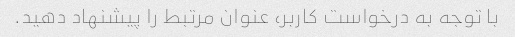
با توجه به درخواست کاربر، عنوان مرتبط را پیشنهاد دهید.